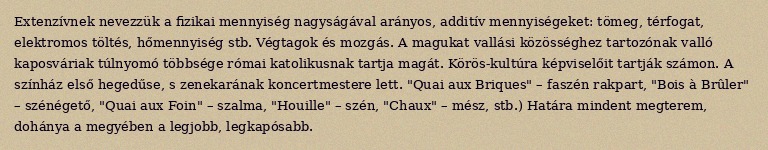
Extenzívnek nevezzük a fizikai mennyiség nagyságával arányos, additív mennyiségeket: tömeg, térfogat, elektromos töltés, hőmennyiség stb. Végtagok és mozgás. A magukat vallási közösséghez tartozónak valló kaposváriak túlnyomó többsége római katolikusnak tartja magát. Körös-kultúra képviselőit tartják számon. A színház első hegedűse, s zenekarának koncertmestere lett. "Quai aux Briques" – faszén rakpart, "Bois à Brûler" – szénégető, "Quai aux Foin" – szalma, "Houille" – szén, "Chaux" – mész, stb.) Határa mindent megterem, dohánya a megyében a legjobb, legkapósabb.